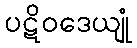
ပဋိဝဒေယျုံ